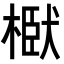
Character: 𭫞